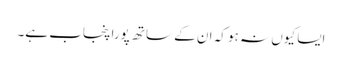
ایسا کیوں نہ ہو کہ ان کے ساتھ پورا پنجاب ہے۔